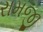
રામજી